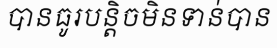
បានធូរបន្តិចមិនទាន់បាន